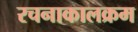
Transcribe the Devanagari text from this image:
रचनाकालक्रम